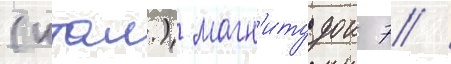
(итал.) магн'итудои 7 /